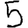
Digit: 5